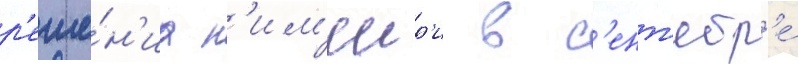
р'еше́н'иа н'им'еир'и в с'ент'ябр'е́